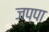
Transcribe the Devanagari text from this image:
जप्पा